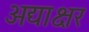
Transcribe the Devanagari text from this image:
अद्याक्षर